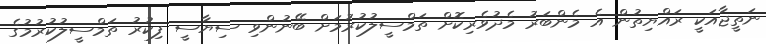
ނަތީޖާއަކީ ރައްޔިތުން އެ މެންބަރު މެދުވެރިކޮށް ތަމްސީލުކުރުމަށް ބޭނުންވި ސިޔާސީ ފިކުރު ތަމްސީލުކުރުމުގެ